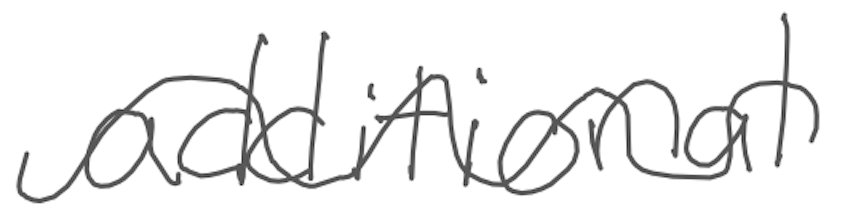
Text: additional
Cross-out: wave
Writing tool: digital_gray